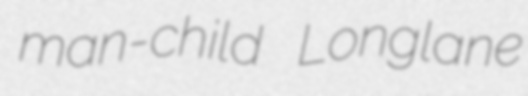
man-child Longlane